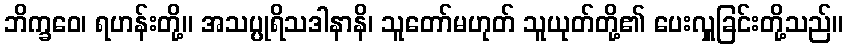
ဘိက္ခဝေ၊ ရဟန်းတို့။ အသပ္ပုရိသဒါနာနိ၊ သူတော်မဟုတ် သူယုတ်တို့၏ ပေးလှူခြင်းတို့သည်။